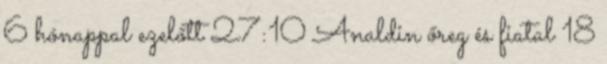
6 hónappal ezelőtt 27:10 Analdin őreg és fiatal 18